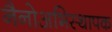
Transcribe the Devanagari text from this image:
नैनोअभिस्थापक